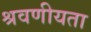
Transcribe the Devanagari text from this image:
श्रवणीयता